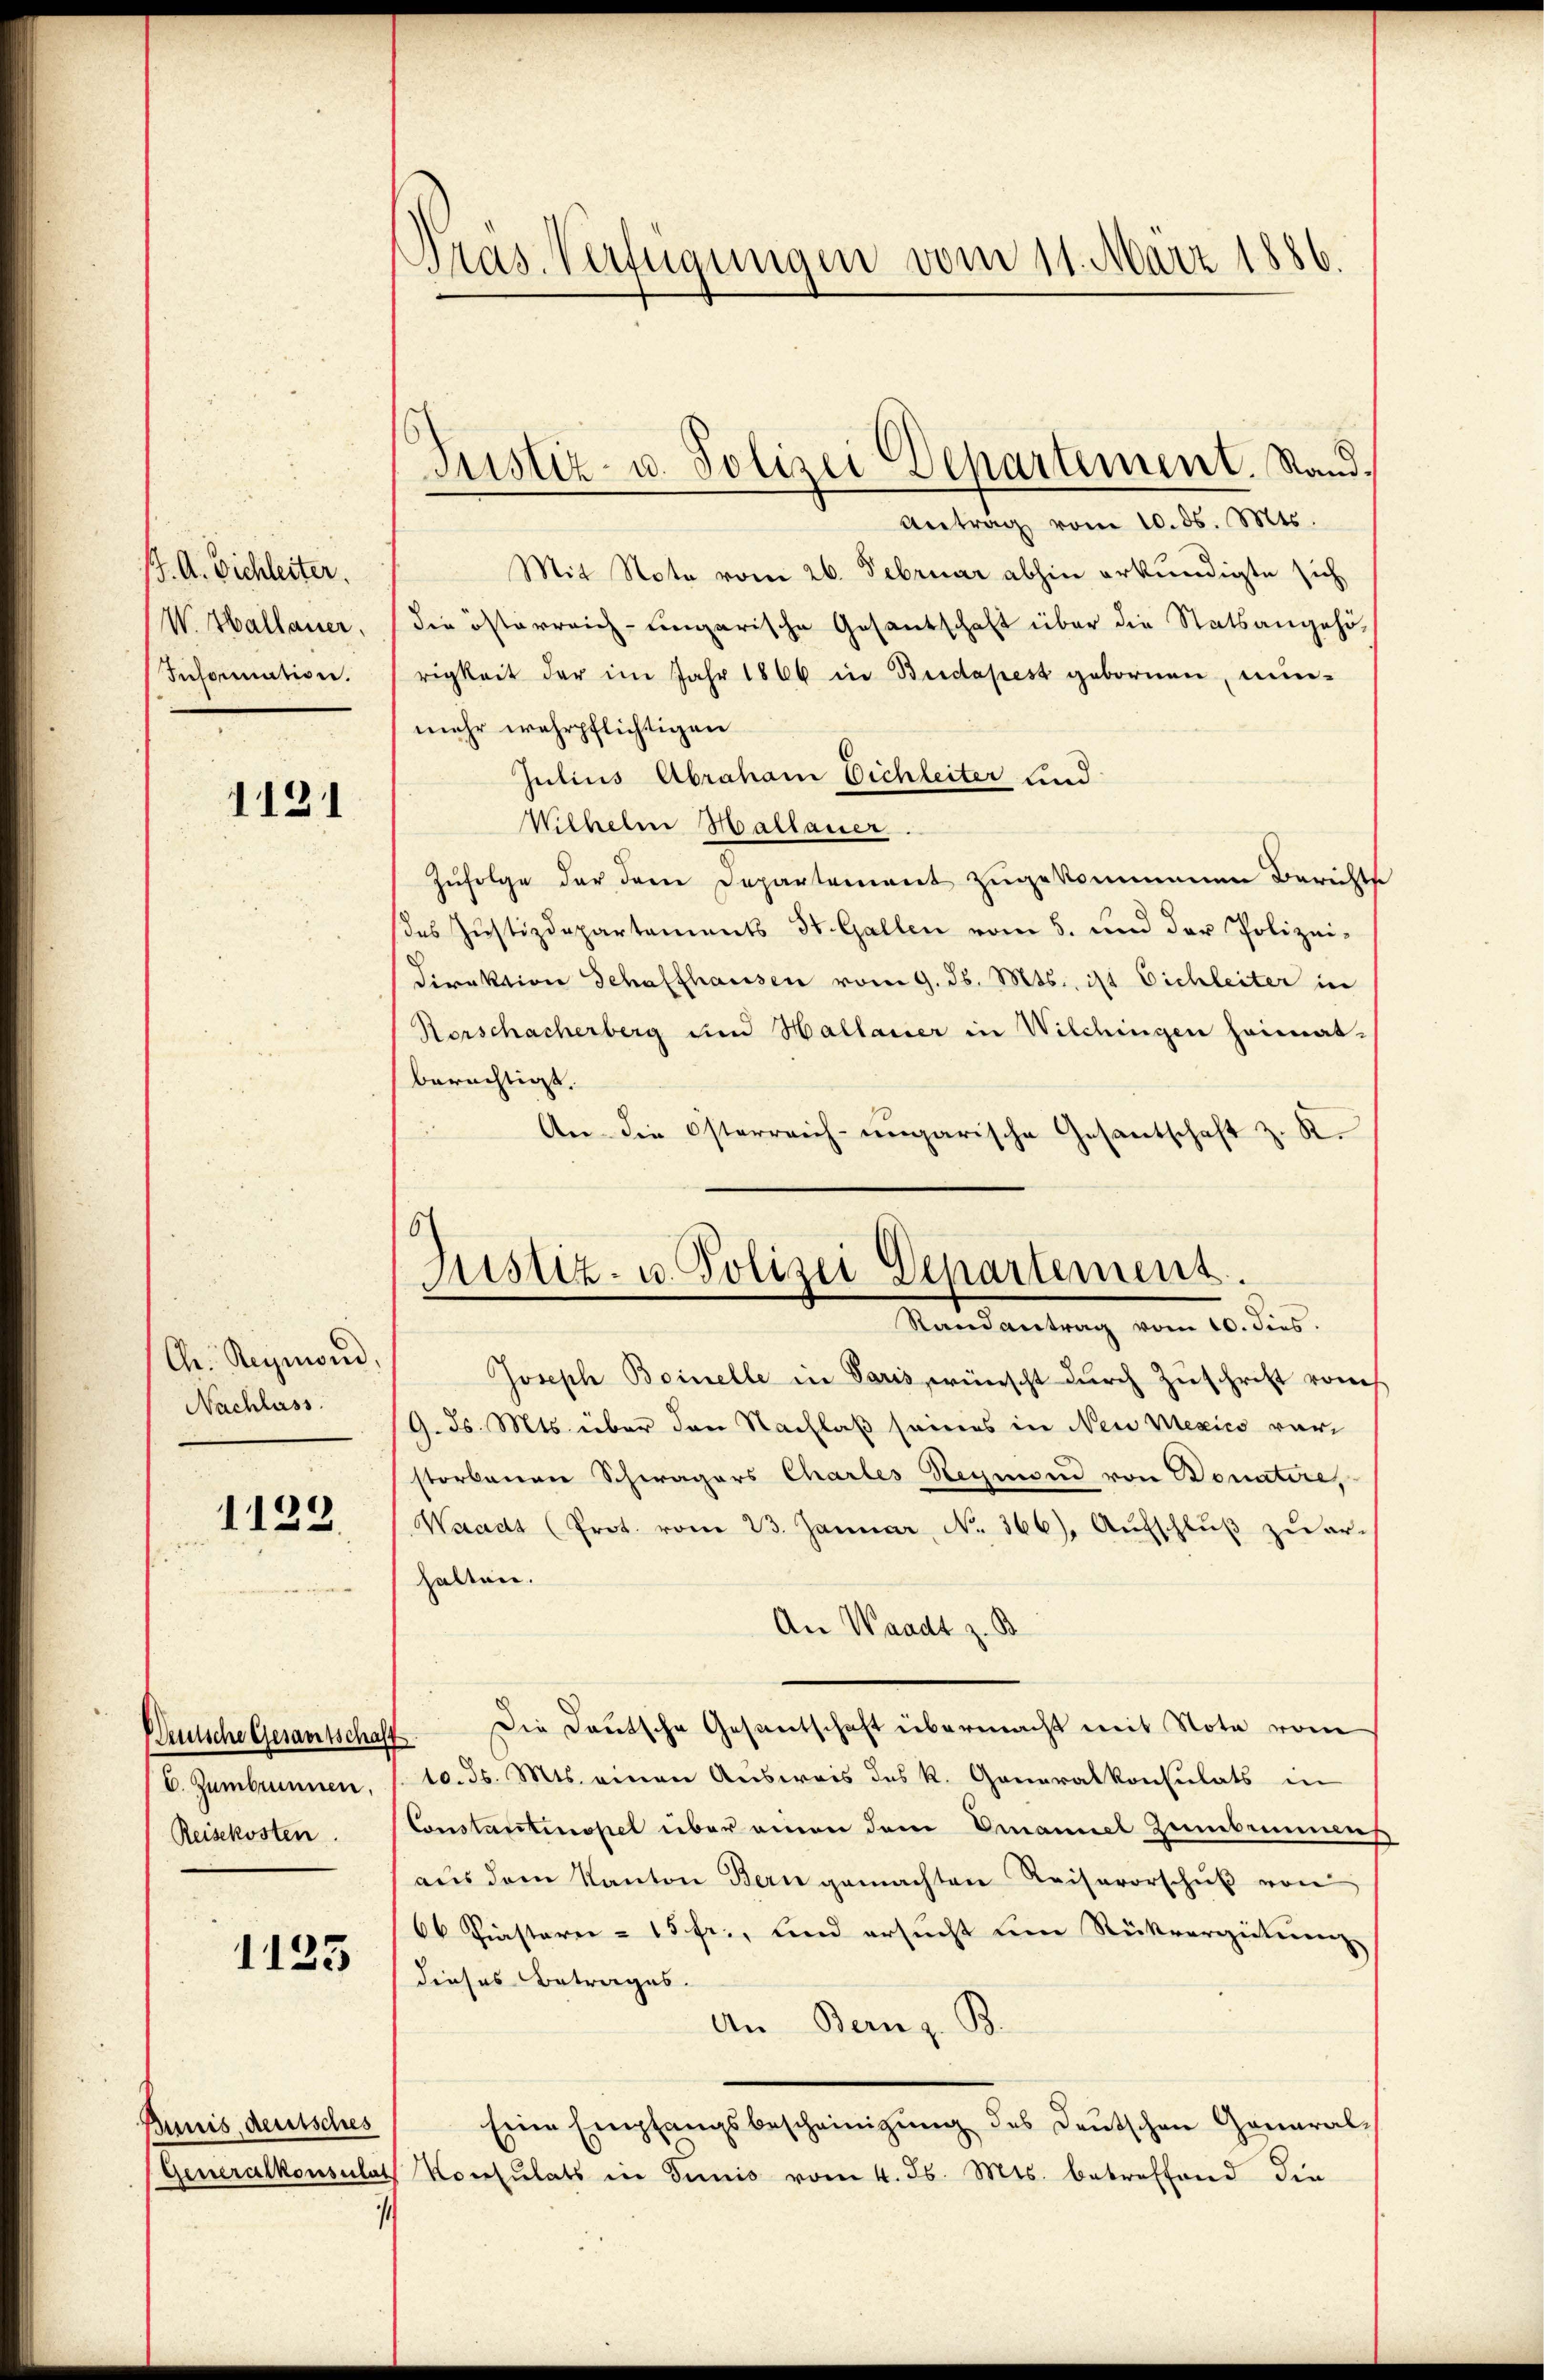
J. A. Bichleiter.
W. Hallauer,
Information.

1121

Chr. Region,
Nachlass.

1122

E. Zumbrunnen,
Reisekosten.

1123

Bunis deutsches

i

Pras. Verfügungen vom 11. März 1886.

Antrag vom 10. ds. Mts.
Mit Note vom 26. Februar abhin erkundigte sich
die österreich-ungarische Gesantschaft über die Statsangehörigkeit der im Jahr 1866 in Budapest gebornen, min-
mehr wehrpflichtigen
Julius Abraham Dichleiter sind
Wilhelm Hallauer
Zufolge der dene Departement zugekommenen Berichts
des Justizdepartements St. Gallen vom 5. und der Polizei-
Direktion Schaffhausen vom 9. ds. Mts., ist Eichleiter in
Rorschacherberg im Hallarier in Wilchingen heimat-
berechtigt.
An die Osterreich-ungarische Gesantschaft z. R.
Joseph Boinelle in Paris, wünscht durch Zuschrift vom
9. d. Mts. über den Nachlaß seines in Nein Mexico vorstorbenen Schwagers Chartes Stegmann von Bonatire,
Waadt (Prot. vom 23. Januar, No. 366. Aŭfschlŭβ zŭ er-
halten.
An Waadt z. B.
Besche Gesantschaft. Die Deutsche Gesandtschaft übermacht mit Note vom
tc. d. Mts. einen Ausweis des k. Generalkonsulats in
Constantinopel über einen dem Emanuel Zumbummens
aŭs dem Kanton Bern gemachten Keisevorschŭβ von
66 Fiasterer - 15 fr., und ersucht um Rückvergütung
dieses Betrages.
An Bern z. B.
Eine Empfangsbescheinigŭng des Deutschen General-
Generalkonsulat Konsulats in Tunis vom 4. d. Mts. betreffend die

Justiz- u. Polizei Departement. Stand.

Justiz- u. Polizei Departement.
Randantrag vom 10. dies